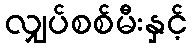
လျှပ်စစ်မီးနှင့်